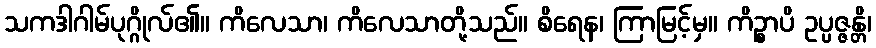
သကဒါဂါမ်ပုဂ္ဂိုလ်၏။ ကိလေသာ၊ ကိလေသာတို့သည်။ စိရေန၊ ကြာမြင့်မှ။ ကိဉ္စာပိ ဥပ္ပဇ္ဇန္တိ၊